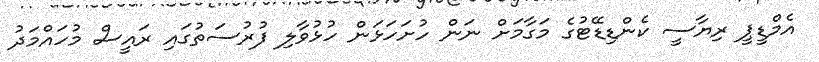
އެމްޑީޕީ ރިޔާސީ ކެންޑިޑޭޓުގެ މަގާމަށް ނަން ހުށަހަޅަން ހުޅުވާލި ފުރުސަތުގައި ރައީސް މުހައްމަދު